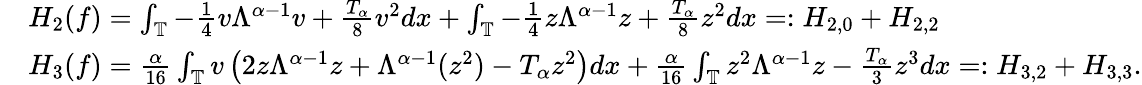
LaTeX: \begin{array}{rl}&{H_{2}(f)=\int_{\mathbb{T}}-\frac{1}{4}v\Lambda^{\alpha-1}v+\frac{T_{\alpha}}{8}v^{2}dx+\int_{\mathbb{T}}-\frac{1}{4}z\Lambda^{\alpha-1}z+\frac{T_{\alpha}}{8}z^{2}dx=:H_{2,0}+H_{2,2}}\\ &{H_{3}(f)=\frac{\alpha}{16}\int_{\mathbb{T}}v\left(2z\Lambda^{\alpha-1}z+\Lambda^{\alpha-1}(z^{2})-T_{\alpha}z^{2}\right)dx+\frac{\alpha}{16}\int_{\mathbb{T}}z^{2}\Lambda^{\alpha-1}z-\frac{T_{\alpha}}{3}z^{3}dx=:H_{3,2}+H_{3,3}.}\end{array}